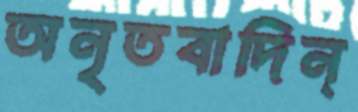
অনৃতবাদিন্